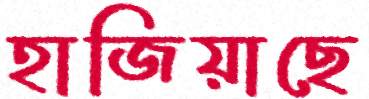
হাজিয়াছে